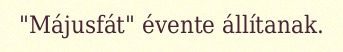
"Májusfát" évente állítanak.